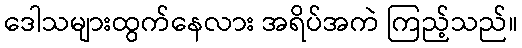
ဒေါသများထွက်နေလား အရိပ်အကဲ ကြည့်သည်။